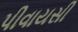
પીવાયસી